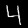
Label: 4